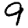
Digit: 9